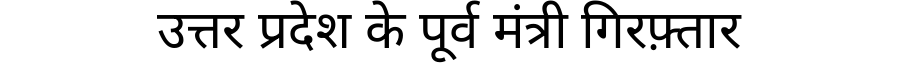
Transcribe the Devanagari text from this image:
उत्तर प्रदेश के पूर्व मंत्री गिरफ़्तार